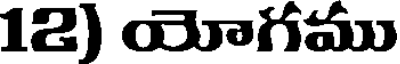
12) యోగము